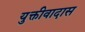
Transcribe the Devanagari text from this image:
युक्तीवादास